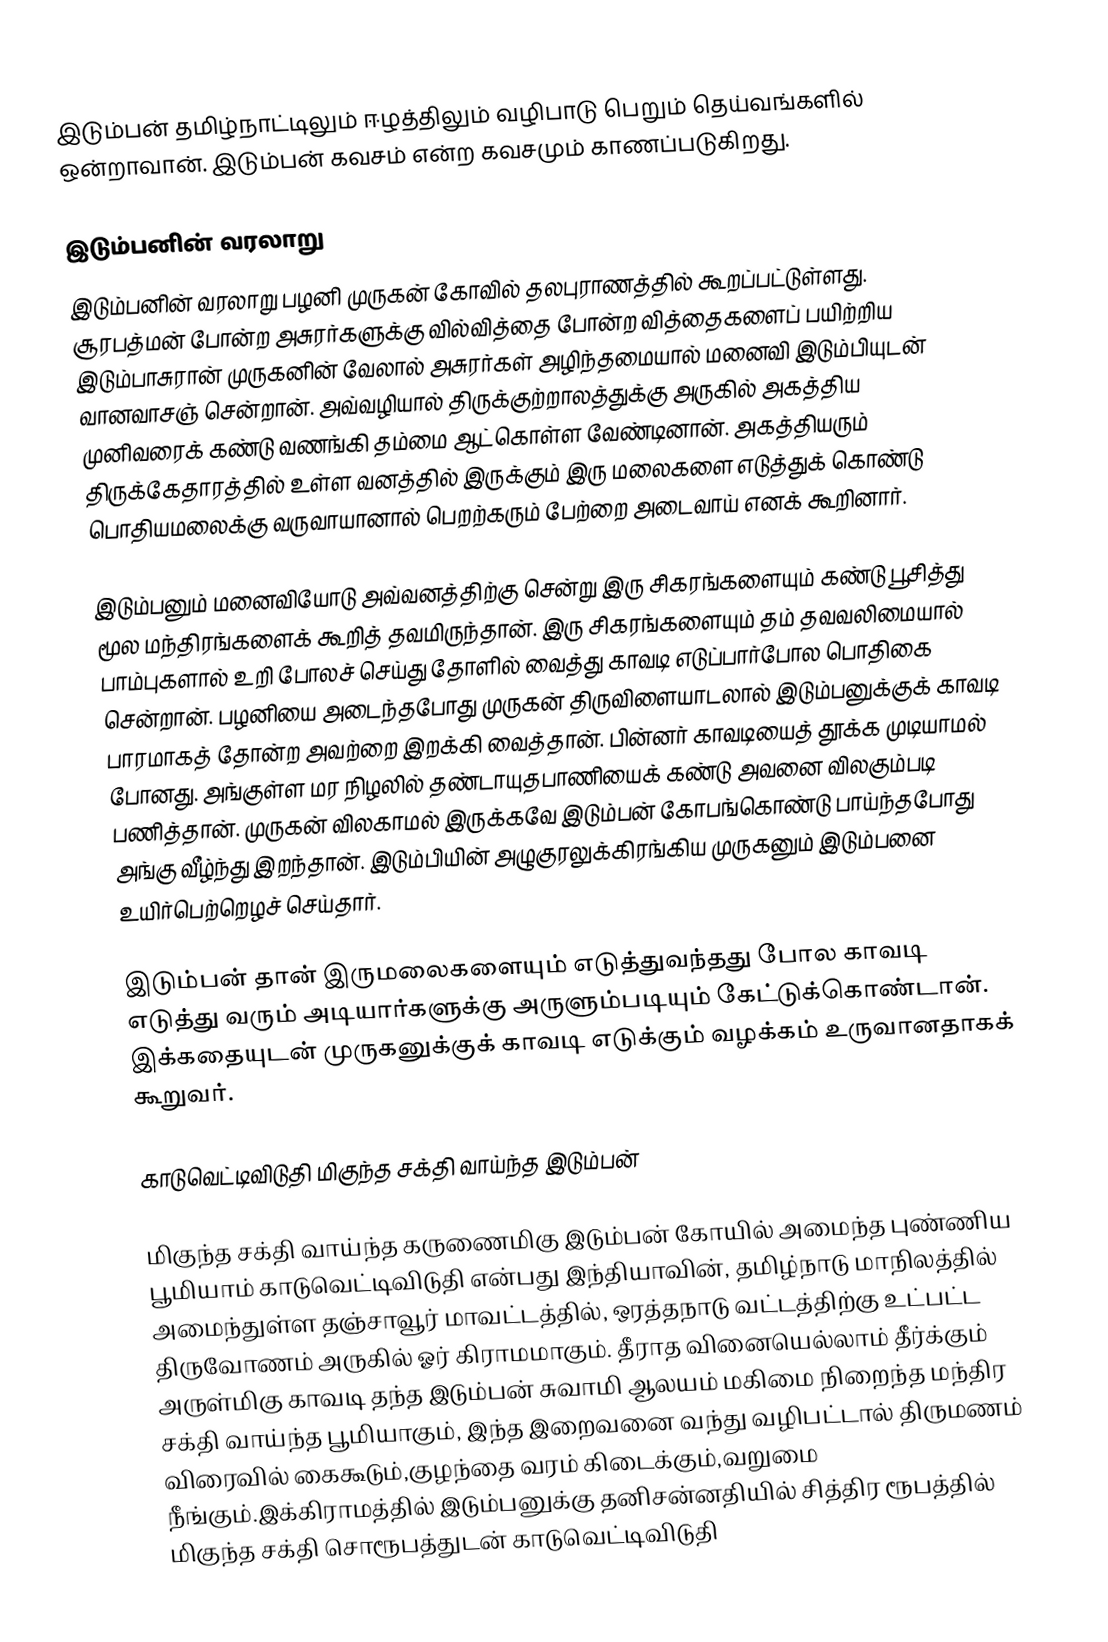
இடும்பன் தமிழ்நாட்டிலும் ஈழத்திலும் வழிபாடு பெறும் தெய்வங்களில் ஒன்றாவான். இடும்பன் கவசம் என்ற கவசமும் காணப்படுகிறது.

இடும்பனின் வரலாறு
இடும்பனின் வரலாறு பழனி முருகன் கோவில் தலபுராணத்தில் கூறப்பட்டுள்ளது. சூரபத்மன் போன்ற அசுரர்களுக்கு வில்வித்தை போன்ற வித்தைகளைப் பயிற்றிய இடும்பாசுரான் முருகனின் வேலால் அசுரர்கள் அழிந்தமையால் மனைவி இடும்பியுடன் வானவாசஞ் சென்றான். அவ்வழியால் திருக்குற்றாலத்துக்கு அருகில் அகத்திய முனிவரைக் கண்டு வணங்கி தம்மை ஆட்கொள்ள வேண்டினான். அகத்தியரும் திருக்கேதாரத்தில் உள்ள வனத்தில் இருக்கும் இரு மலைகளை எடுத்துக் கொண்டு பொதியமலைக்கு வருவாயானால் பெறற்கரும் பேற்றை அடைவாய் எனக் கூறினார்.

இடும்பனும் மனைவியோடு அவ்வனத்திற்கு சென்று இரு சிகரங்களையும் கண்டு பூசித்து மூல மந்திரங்களைக் கூறித் தவமிருந்தான். இரு சிகரங்களையும் தம் தவவலிமையால் பாம்புகளால் உறி போலச் செய்து தோளில் வைத்து காவடி எடுப்பார்போல பொதிகை சென்றான். பழனியை அடைந்தபோது முருகன் திருவிளையாடலால் இடும்பனுக்குக் காவடி பாரமாகத் தோன்ற அவற்றை இறக்கி வைத்தான். பின்னர் காவடியைத் தூக்க முடியாமல் போனது. அங்குள்ள மர நிழலில் தண்டாயுதபாணியைக் கண்டு அவனை விலகும்படி பணித்தான். முருகன் விலகாமல் இருக்கவே இடும்பன் கோபங்கொண்டு பாய்ந்தபோது அங்கு வீழ்ந்து இறந்தான். இடும்பியின் அழுகுரலுக்கிரங்கிய முருகனும் இடும்பனை உயிர்பெற்றெழச் செய்தார்.

இடும்பன் தான் இருமலைகளையும் எடுத்துவந்தது போல காவடி எடுத்து வரும் அடியார்களுக்கு அருளும்படியும் கேட்டுக்கொண்டான். இக்கதையுடன் முருகனுக்குக் காவடி எடுக்கும் வழக்கம் உருவானதாகக் கூறுவர்.

காடுவெட்டிவிடுதி மிகுந்த சக்தி வாய்ந்த இடும்பன்

மிகுந்த சக்தி வாய்ந்த கருணைமிகு இடும்பன் கோயில் அமைந்த புண்ணிய பூமியாம் காடுவெட்டிவிடுதி என்பது இந்தியாவின், தமிழ்நாடு மாநிலத்தில் அமைந்துள்ள தஞ்சாவூர் மாவட்டத்தில், ஒரத்தநாடு வட்டத்திற்கு உட்பட்ட திருவோணம் அருகில் ஓர் கிராமமாகும். தீராத வினையெல்லாம் தீர்க்கும் அருள்மிகு காவடி தந்த இடும்பன் சுவாமி ஆலயம் மகிமை நிறைந்த மந்திர சக்தி வாய்ந்த பூமியாகும், இந்த இறைவனை வந்து வழிபட்டால் திருமணம் விரைவில் கைகூடும்,குழந்தை வரம் கிடைக்கும்,வறுமை நீங்கும்.இக்கிராமத்தில் இடும்பனுக்கு தனிசன்னதியில் சித்திர ரூபத்தில் மிகுந்த சக்தி சொரூபத்துடன் காடுவெட்டிவிடுதி